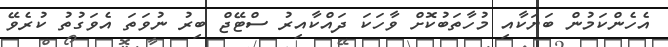
އެހެންކަމުން ބަޔަކާއި މުހާތަބުކޮށް ވާހަކަ ދައްކާއިރު ސްޓޭޖް ބިރު ނުވަތަ އެވަގުތު ކުރެވޭ